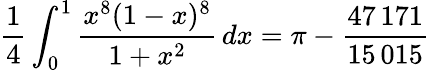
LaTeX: {\frac{1}{4}}\int_{0}^{1}{\frac{x^{8}(1-x)^{8}}{1+x^{2}}}\, dx=\pi-{\frac{47\, 171}{15\, 015}}